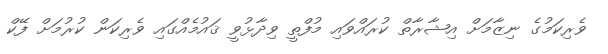
ވެރިކަމުގެ ނިޒާމަށް އިޝާރާތް ކުރައްވައި މުފްތީ ވިދާޅުވީ ޤައުމެއްގައި ވެރިކަން ކުރުމަށް ފޭކް